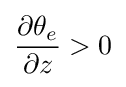
{\frac {\partial \theta _{e}}{\partial z}}>0